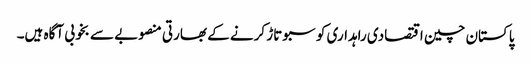
پاکستان چین اقتصادی راہداری کو سبوتاڑ کرنے کے بھارتی منصوبے سے بخوبی آگاہ ہیں۔